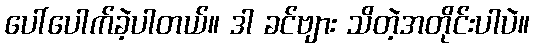
ပေါ်ပေါက်ခဲ့ပါတယ်။ ဒါ ခင်ဗျား သိတဲ့အတိုင်းပါပဲ။